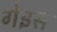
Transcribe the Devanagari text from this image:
गेइस